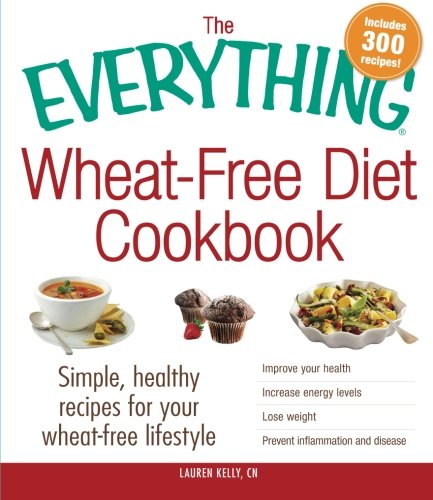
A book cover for The Everything Wheat-Free Diet Cookbook: Simple, Healthy Recipes for Your Wheat-Free Lifestyle; Lauren Kelly; Cookbooks, Food & Wine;